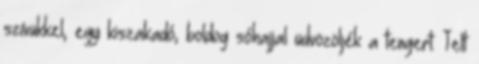
szívükkel, egy kiszakadó, boldog sóhajjal üdvözöljék a tengert. Telt